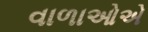
વાળાઓએ